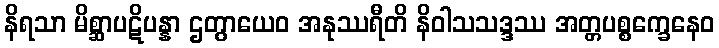
နိရသာ မိစ္ဆာပဋိပန္နာ ဌတွာယေဝ အနုဿရီတိ နိဝါသသဒ္ဒဿ အတ္တပစ္စက္ခေနေဝ